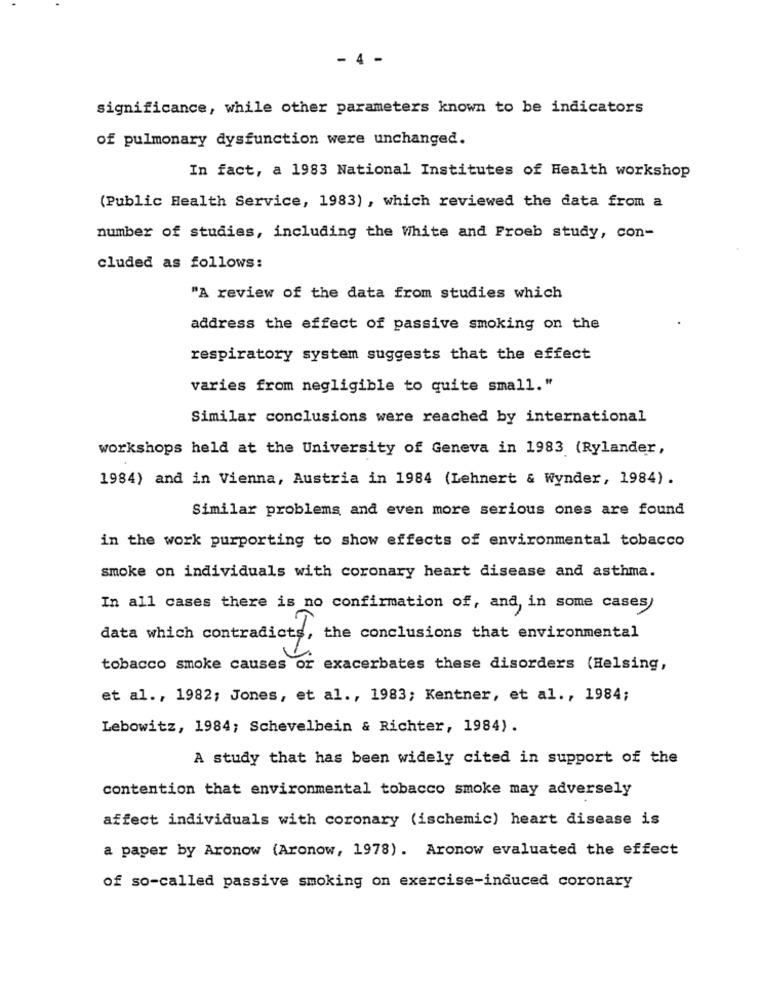
- 4 -
significance, while other parameters known to be indicators
of pulmonary dysfunction were unchanged.
In fact, a 1983 National Institutes of Health workshop
(Public Health Service, 1983) , which reviewed the data from a
number of studies, including the White and Froeb study, con-
cluded as follows:
"A review of the data from studies which
address the effect of passive smoking on the
respiratory system suggests that the effect
varies from negligible to quite small."
Similar conclusions were reached by international
workshops held at the University of Geneva in 1983 (Rylander,
1984) and in Vienna, Austria in 1984 (Lehnert & Wynder, 1984) .
Similar problems and even more serious ones are found
in the work purporting to show effects of environmental tobacco
smoke on individuals with coronary heart disease and asthma.
In all cases there is no confirmation of, and, in some cases)
data which contradicts, the conclusions that environmental
tobacco smoke causes or exacerbates these disorders (Helsing,
et al ., 1982; Jones, et al ., 1983; Kentner, et al ., 1984;
Lebowitz, 1984; Schevelbein & Richter, 1984).
A study that has been widely cited in support of the
contention that environmental tobacco smoke may adversely
affect individuals with coronary (ischemic) heart disease is
a paper by Aronow (Aronow, 1978). Aronow evaluated the effect
of so-called passive smoking on exercise-induced coronary